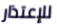
للإعتذار